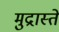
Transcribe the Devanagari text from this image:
मुद्रास्ते